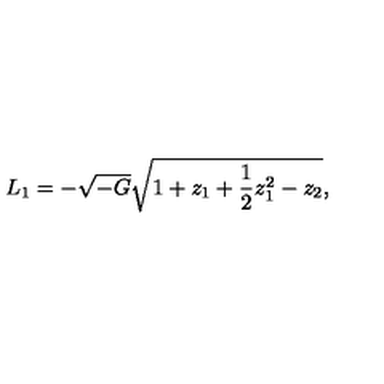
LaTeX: L _ { 1 } = - \sqrt { - G } \sqrt { 1 + z _ { 1 } + { \frac { 1 } { 2 } } z _ { 1 } ^ { 2 } - z _ { 2 } } ,